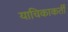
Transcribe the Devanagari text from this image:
याचिकाकर्ती